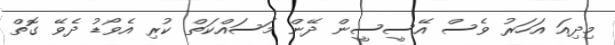
މިދިއަ އަހަރު ވެސް އޭސީސީން ދޭން މަސައްކަތް ކުރި އެވޯޑު ދެވޭ ގޮތް